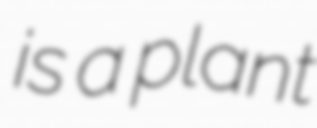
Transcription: is a plant